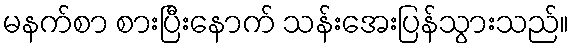
မနက်စာ စားပြီးနောက် သန်းအေးပြန်သွားသည်။